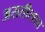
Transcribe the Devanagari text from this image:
असतीत्वात